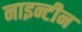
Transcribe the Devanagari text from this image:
नाइन्टीन